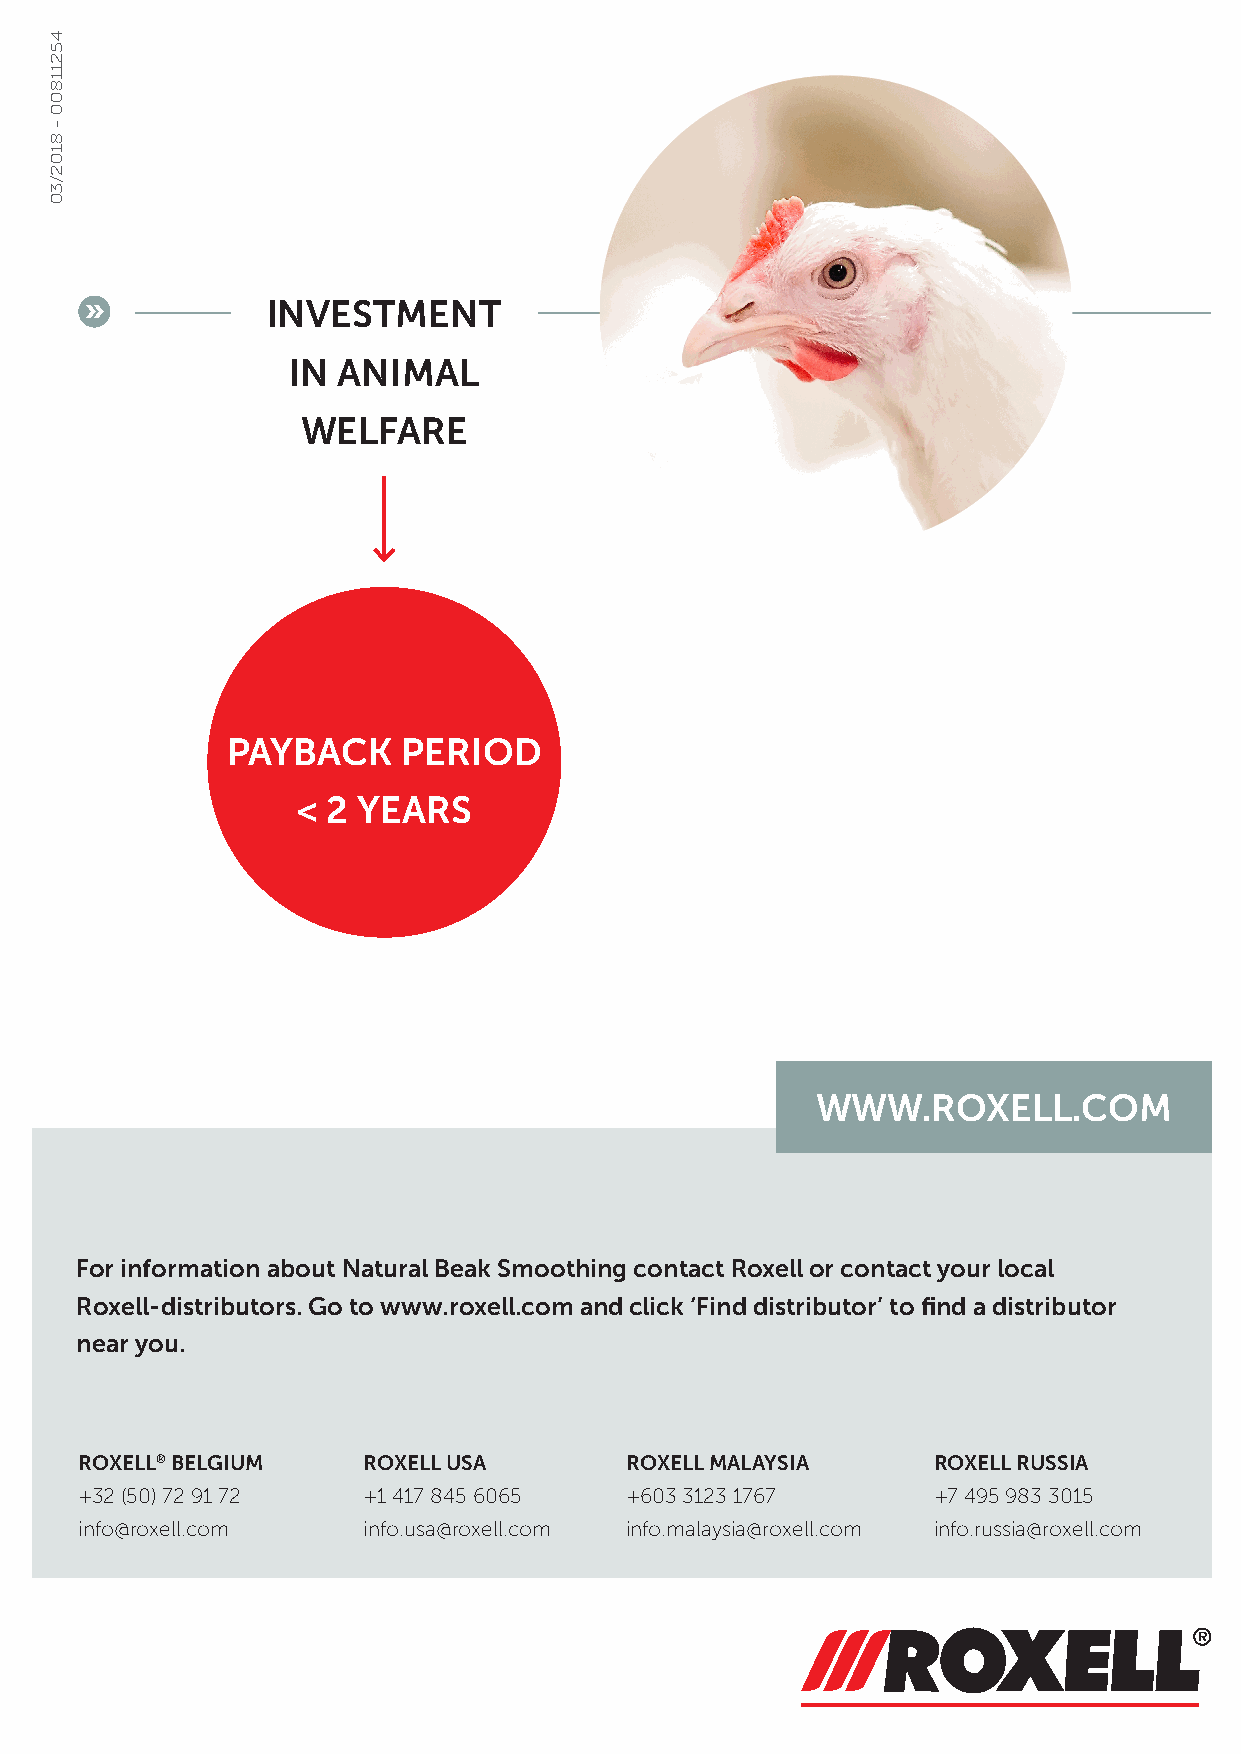
»           INVESTMENT
 IN ANIMAL
 WELFARE
 PAYBACK     PERIOD
 < 2 YEARS
 WWW.ROXELL.COM
 For information about Natural Beak Smoothing contact Roxell or contact your local
 Roxell-distributors. Go to www.roxell.com and click ‘Find distributor’ to find a distributor
 near you.
 ROXELL® BELGIUM    ROXELL USA       ROXELL MALAYSIA      ROXELL RUSSIA
 +32 (50) 72 91 72  +1 417 845 6065  +603 3123 1767       +7 495 983 3015
 info@roxell.com    info.usa@roxell.com info.malaysia@roxell.com info.russia@roxell.com
 45211800
 -
 8102/30